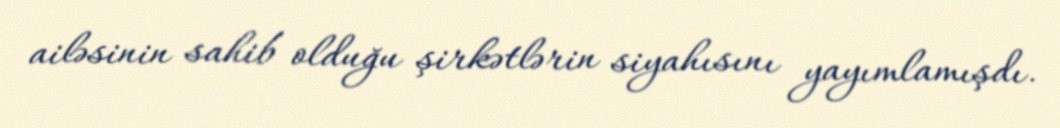
ailəsinin sahib olduğu şirkətlərin siyahısını yayımlamışdı.